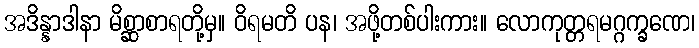
အဒိန္နာဒါနာ မိစ္ဆာစာရတို့မှ။ ဝိရမတိ ပန၊ အဖို့တစ်ပါးကား။ လောကုတ္တရမဂ္ဂက္ခဏေ၊